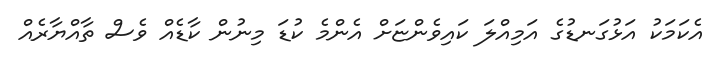
އެކަމަކު އަޅުގަނޑުގެ އަމިއްލަ ކައިވެންޏަށް އެންމެ ކުޑަ މިނުން ކާޑެއް ވެސް ތާއްޔާރެއް